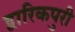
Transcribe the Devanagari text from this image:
द्वारिकपुरी